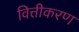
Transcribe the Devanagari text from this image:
वित्तीकरण